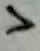
Text: 7